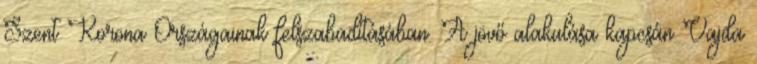
Szent Korona Országainak felszabadításában. A jövő alakulása kapcsán Vajda